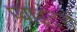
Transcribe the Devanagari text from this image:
प्वाइंटरों